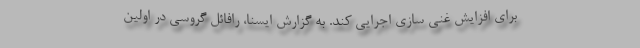
برای افزایش غنی سازی اجرایی کند. به گزارش ایسنا، رافائل گروسی در اولین